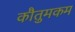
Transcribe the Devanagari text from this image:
कौतुमकम